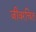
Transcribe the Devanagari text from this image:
जीवरचित